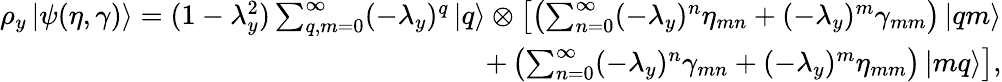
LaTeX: \begin{array}{r}{\rho_{y}\left|\psi(\eta,\gamma)\right>=(1-\lambda_{y}^{2})\sum_{q,m=0}^{\infty}(-\lambda_{y})^{q}\left|q\right>\otimes\left[\left(\sum_{n=0}^{\infty}(-\lambda_{y})^{n}\eta_{mn}+(-\lambda_{y})^{m}\gamma_{mm}\right)\left|qm\right>\right.}\\ {\left.+\left(\sum_{n=0}^{\infty}(-\lambda_{y})^{n}\gamma_{mn}+(-\lambda_{y})^{m}\eta_{mm}\right)\left|mq\right>\right],}\end{array}